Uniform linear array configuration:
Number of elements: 12
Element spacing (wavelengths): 1
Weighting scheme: binomial
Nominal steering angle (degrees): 45
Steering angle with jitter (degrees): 43.095
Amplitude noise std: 0.05
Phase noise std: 0.05

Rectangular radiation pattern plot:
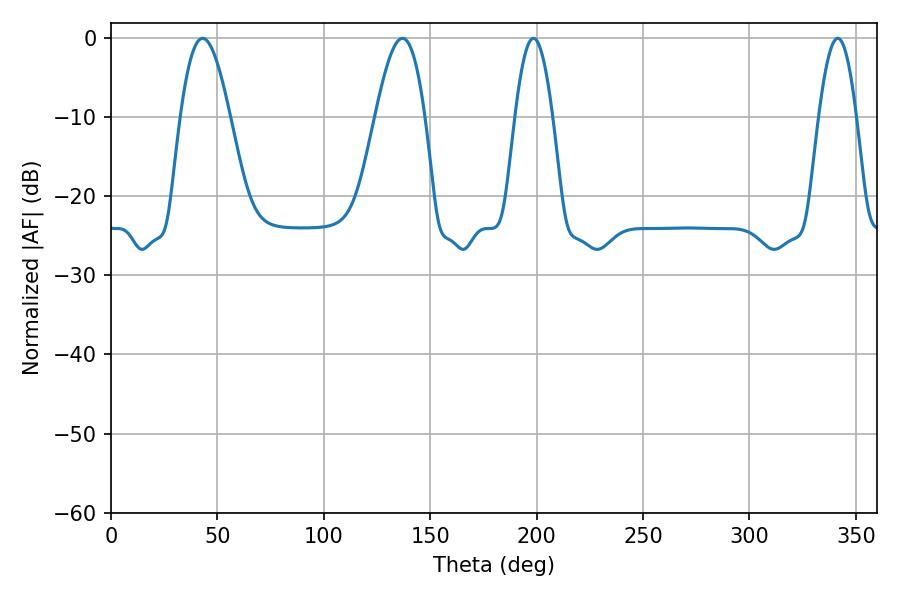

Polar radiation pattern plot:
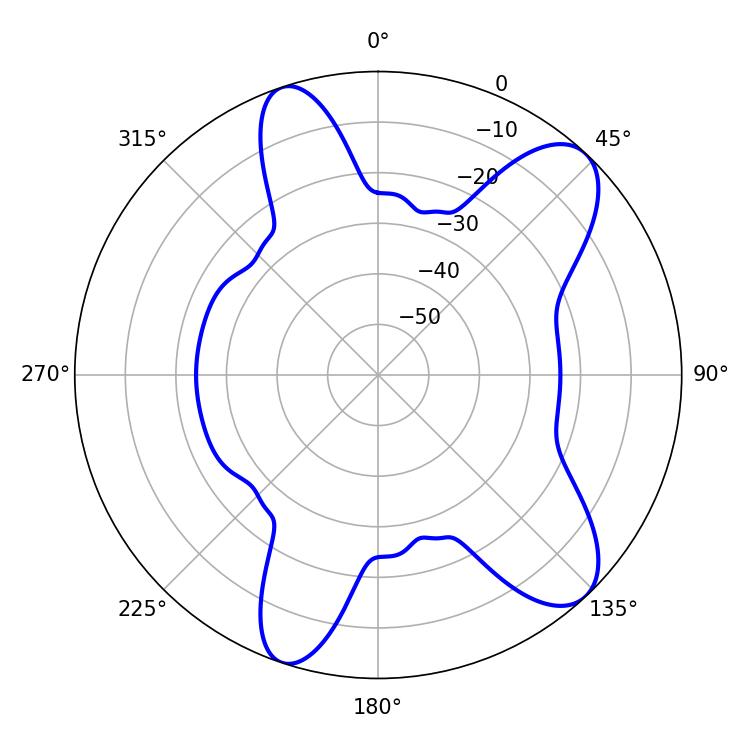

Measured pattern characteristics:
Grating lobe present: TRUE
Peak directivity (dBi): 9.694
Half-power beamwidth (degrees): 12.6
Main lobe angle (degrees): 43.02